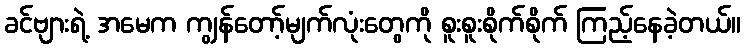
ခင်ဗျားရဲ့ အမေက ကျွန်တော့်မျက်လုံးတွေကို စူးစူးစိုက်စိုက် ကြည့်နေခဲ့တယ်။